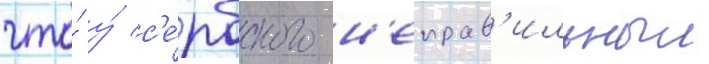
что́ у́ с'е́рбского н'еправ'ильныи